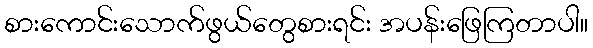
စားကောင်းသောက်ဖွယ်တွေစားရင်း အပန်းဖြေကြတာပါ။